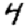
Digit: 4